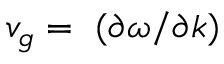
v _ { g } = ~ ( \partial \omega / \partial k )